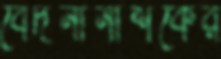
বেদনানাশকের